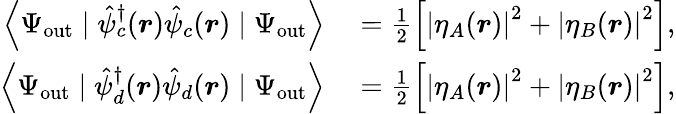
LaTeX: \begin{array}{rl}{\left\langle\Psi_{\mathrm{out}}\mid\hat{\psi}_{c}^{\dagger}(\boldsymbol{r})\hat{\psi}_{c}(\boldsymbol{r})\mid\Psi_{\mathrm{out}}\right\rangle}&{{}=\frac{1}{2}\left[\left|\eta_{A}(\boldsymbol{r})\right|^{2}+\left|\eta_{B}(\boldsymbol{r})\right|^{2}\right],}\\ {\left\langle\Psi_{\mathrm{out}}\mid\hat{\psi}_{d}^{\dagger}(\boldsymbol{r})\hat{\psi}_{d}(\boldsymbol{r})\mid\Psi_{\mathrm{out}}\right\rangle}&{{}=\frac{1}{2}\left[\left|\eta_{A}(\boldsymbol{r})\right|^{2}+\left|\eta_{B}(\boldsymbol{r})\right|^{2}\right],}\end{array}